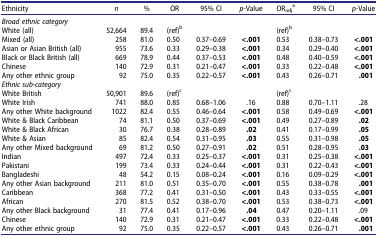
<table><thead><tr><td><b>Ethnicity</b></td><td><b><i>n</i></b></td><td><b>%</b></td><td><b>OR</b></td><td><b>95% CI</b></td><td><b><i>p</i>-Value</b></td><td><b>OR<sub>adj</sub><sup>a</sup></b></td><td><b>95% CI</b></td><td><b><i>p</i>-Value</b></td></tr></thead><tbody><tr><td><i>Broad ethnic category</i></td><td> </td><td> </td><td> </td><td> </td><td> </td><td> </td><td> </td><td> </td></tr><tr><td>White (all)</td><td>52,664</td><td>89.4</td><td>(ref)<sup>b</sup></td><td> </td><td> </td><td>(ref)<sup>b</sup></td><td> </td><td> </td></tr><tr><td>Mixed (all)</td><td>258</td><td>81.0</td><td>0.50</td><td>0.37–0.69</td><td><b>&lt;.001</b></td><td>0.53</td><td>0.38–0.73</td><td><b>&lt;.001</b></td></tr><tr><td>Asian or Asian British (all)</td><td>955</td><td>73.6</td><td>0.33</td><td>0.29–0.38</td><td><b>&lt;.001</b></td><td>0.34</td><td>0.29–0.40</td><td><b>&lt;.001</b></td></tr><tr><td>Black or Black British (all)</td><td>669</td><td>78.9</td><td>0.44</td><td>0.37–0.53</td><td><b>&lt;.001</b></td><td>0.48</td><td>0.40–0.59</td><td><b>&lt;.001</b></td></tr><tr><td>Chinese</td><td>140</td><td>72.9</td><td>0.31</td><td>0.21–0.47</td><td><b>&lt;.001</b></td><td>0.33</td><td>0.22–0.48</td><td><b>&lt;.001</b></td></tr><tr><td>Any other ethnic group</td><td>92</td><td>75.0</td><td>0.35</td><td>0.22–0.57</td><td><b>&lt;.001</b></td><td>0.43</td><td>0.26–0.71</td><td><b>.001</b></td></tr><tr><td><i>Ethnic sub-category</i></td><td> </td><td> </td><td> </td><td> </td><td> </td><td> </td><td> </td><td> </td></tr><tr><td>White British</td><td>50,901</td><td>89.6</td><td>(ref)<sup>c</sup></td><td> </td><td> </td><td>(ref)<sup>c</sup></td><td> </td><td> </td></tr><tr><td>White Irish</td><td>741</td><td>88.0</td><td>0.85</td><td>0.68–1.06</td><td>.16</td><td>0.88</td><td>0.70–1.11</td><td>.28</td></tr><tr><td>Any other White background</td><td>1022</td><td>82.4</td><td>0.55</td><td>0.46–0.64</td><td><b>&lt;.001</b></td><td>0.58</td><td>0.49–0.69</td><td><b>&lt;.001</b></td></tr><tr><td>White &amp; Black Caribbean</td><td>74</td><td>81.1</td><td>0.50</td><td>0.37–0.69</td><td><b>&lt;.001</b></td><td>0.49</td><td>0.27–0.89</td><td><b>.02</b></td></tr><tr><td>White &amp; Black African</td><td>30</td><td>76.7</td><td>0.38</td><td>0.28–0.89</td><td><b>.02</b></td><td>0.41</td><td>0.17–0.99</td><td><b>.05</b></td></tr><tr><td>White &amp; Asian</td><td>85</td><td>82.4</td><td>0.54</td><td>0.31–0.95</td><td><b>.03</b></td><td>0.55</td><td>0.31–0.98</td><td><b>.05</b></td></tr><tr><td>Any other Mixed background</td><td>69</td><td>81.2</td><td>0.50</td><td>0.27–0.91</td><td><b>.02</b></td><td>0.51</td><td>0.28–0.95</td><td><b>.03</b></td></tr><tr><td>Indian</td><td>497</td><td>72.4</td><td>0.33</td><td>0.25–0.37</td><td><b>&lt;.001</b></td><td>0.31</td><td>0.25–0.38</td><td><b>&lt;.001</b></td></tr><tr><td>Pakistani</td><td>199</td><td>73.4</td><td>0.33</td><td>0.24–0.44</td><td><b>&lt;.001</b></td><td>0.31</td><td>0.22–0.43</td><td><b>&lt;.001</b></td></tr><tr><td>Bangladeshi</td><td>48</td><td>54.2</td><td>0.15</td><td>0.08–0.24</td><td><b>&lt;.001</b></td><td>0.16</td><td>0.09–0.29</td><td><b>&lt;.001</b></td></tr><tr><td>Any other Asian background</td><td>211</td><td>81.0</td><td>0.51</td><td>0.35–0.70</td><td><b>&lt;.001</b></td><td>0.55</td><td>0.38–0.78</td><td><b>.001</b></td></tr><tr><td>Caribbean</td><td>368</td><td>77.2</td><td>0.41</td><td>0.31–0.50</td><td><b>&lt;.001</b></td><td>0.43</td><td>0.33–0.55</td><td><b>&lt;.001</b></td></tr><tr><td>African</td><td>270</td><td>81.5</td><td>0.52</td><td>0.38–0.70</td><td><b>&lt;.001</b></td><td>0.53</td><td>0.38–0.73</td><td><b>&lt;.001</b></td></tr><tr><td>Any other Black background</td><td>31</td><td>77.4</td><td>0.41</td><td>0.17–0.96</td><td><b>.04</b></td><td>0.47</td><td>0.20–1.11</td><td>.09</td></tr><tr><td>Chinese</td><td>140</td><td>72.9</td><td>0.31</td><td>0.21–0.47</td><td><b>&lt;.001</b></td><td>0.33</td><td>0.22–0.48</td><td><b>&lt;.001</b></td></tr><tr><td>Any other ethnic group</td><td>92</td><td>75.0</td><td>0.35</td><td>0.22–0.57</td><td><b>&lt;.001</b></td><td>0.43</td><td>0.26–0.71</td><td><b>.001</b></td></tr></tbody></table>